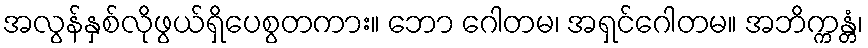
အလွန်နှစ်လိုဖွယ်ရှိပေစွတကား။ ဘော ဂေါတမ၊ အရှင်ဂေါတမ။ အဘိက္ကန္တံ၊